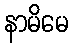
နာမိမေ